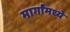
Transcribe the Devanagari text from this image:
मार्गांमध्ये